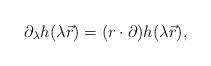
LaTeX: \begin{align*}\partial_\lambda h(\lambda \vec{r}) = (r \cdot \partial) h(\lambda \vec{r}),\end{align*}